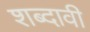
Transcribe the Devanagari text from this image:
शब्दावी